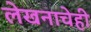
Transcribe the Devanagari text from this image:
लेखनाचेही